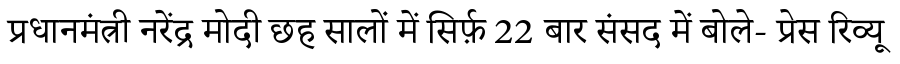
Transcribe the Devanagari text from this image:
प्रधानमंत्री नरेंद्र मोदी छह सालों में सिर्फ़ 22 बार संसद में बोले- प्रेस रिव्यू